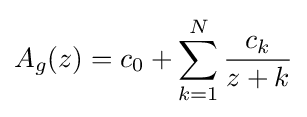
A_{g}(z)=c_{0}+\sum _{k=1}^{N}{\frac {c_{k}}{z+k}}